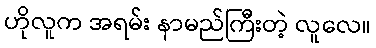
ဟိုလူက အရမ်း နာမည်ကြီးတဲ့ လူလေ။